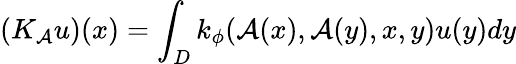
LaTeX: (K_{\mathcal{A}}u)(x)=\int_{D}k_{\phi}(\mathcal{A}(x),\mathcal{A}(y),x,y)u(y)dy